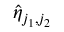
\hat { \eta } _ { j _ { 1 } , j _ { 2 } }